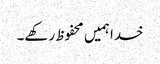
خدا ہمیں محفوظ رکھے۔